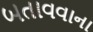
બતાવવાના